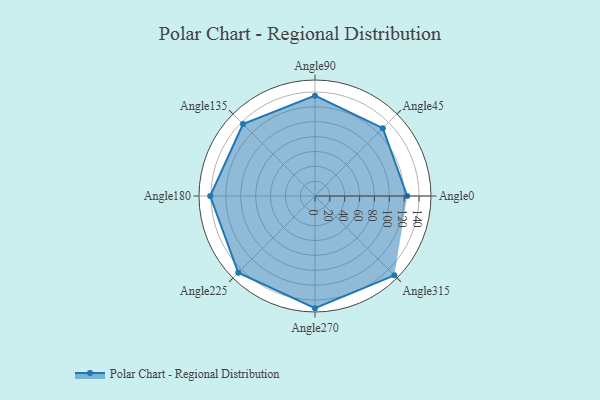
{"axis": {"x": "Angle", "y": "Radius"}, "legend": [""], "data": [{"x": "Angle0", "y": 124.0, "type": ""}, {"x": "Angle45", "y": 129.0, "type": ""}, {"x": "Angle90", "y": 135.0, "type": ""}, {"x": "Angle135", "y": 137.0, "type": ""}, {"x": "Angle180", "y": 141.0, "type": ""}, {"x": "Angle225", "y": 146.0, "type": ""}, {"x": "Angle270", "y": 151.0, "type": ""}, {"x": "Angle315", "y": 151.0, "type": ""}]}